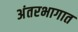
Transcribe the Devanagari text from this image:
अंतरभागात